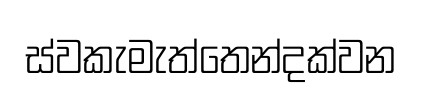
ස්වකැමැත්තෙන්දක්වන